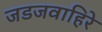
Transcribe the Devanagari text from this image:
जडजवाहिरे